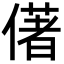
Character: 㒂